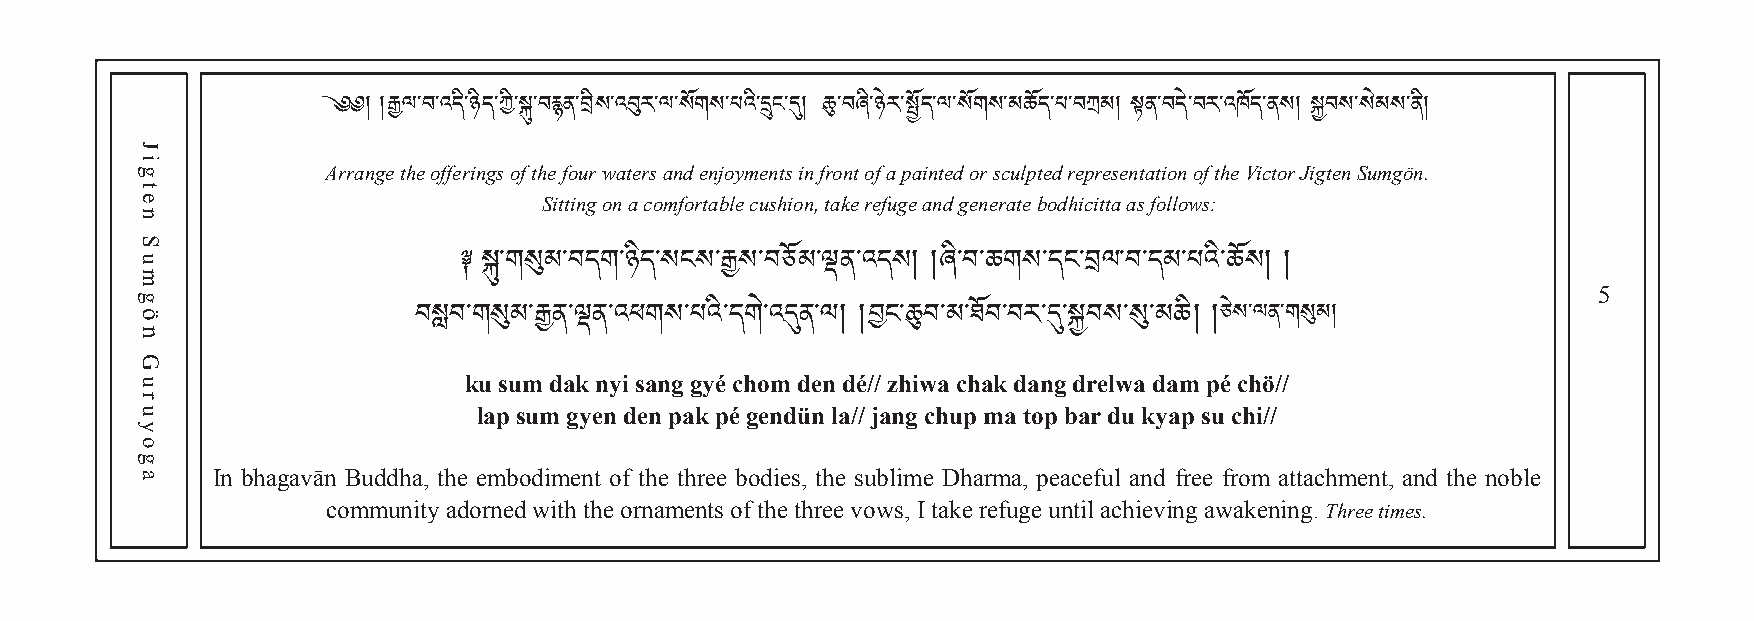
༄༅། །རྒྱལ་བ་འདི་ཉིད་ཀི་སྐུ་བརྙན་བིས་འབུར་ལ་སོགས་པའི་དྲུང་དུ། ཆུ་བཞི་ཉེར་སྤོད་ལ་སོགས་མཆོད་པ་བཀྲམ། སྟན་བདེ་བར་འཁོད་ནས། སྐྱབས་སེམས་ནི།
 Arrange the offerings of the four waters and enjoym e n t s in front of a painted or sculpted representation of the Victor Jigten Sumgön.
 Sitting on a comfortable cushio n, take refuge and generate bodhicitta as follows:
 5
 ༈ སྐུ་གསུམ་བདག་ཉིད་སངས་རྒྱས་བཅོམ་ལྡན་འདས། །ཞི་བ་ཆགས་དང་བལ་བ་དམ་པའི་ཆོས། །
 ཅེས་ལན་གསུམ།
 བསླབk་གuསུ suམm་རྒྱ dནa་ལྡk ནn་yའiཕ saགnསg ་པgyའéི་ དcགhoེ་འmདུ dནe་ལn །d é།བ// ངzh་ཆུiwབa་མ c་hཐaོབk་ བdརan་དུg་ སྐྱdrབeསlw་སུa ་dམaཆmི། p།é chö//
 lap sum gyen den pak pé gendün la// jang chup ma top bar du kyap su chi//
 In bhagavān Buddha, the embodiment of the three bodies, the sublime Dharma, peaceful and free from attachment, and the noble
 community adorned with the ornaments of the three vows, I take refuge until achieving awakening. Three times.
 Jigten
 Sumgön
 Guruyoga